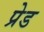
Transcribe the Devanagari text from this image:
प्रेड